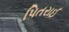
પિતરાઈ